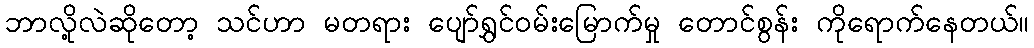
ဘာလို့လဲဆိုတော့ သင်ဟာ မတရား ပျော်ရွှင်ဝမ်းမြောက်မှု တောင်စွန်း ကိုရောက်နေတယ်။